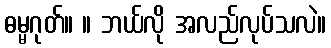
ဓမ္မဂုတ်။ ။ ဘယ်လို အလည်လုပ်သလဲ။